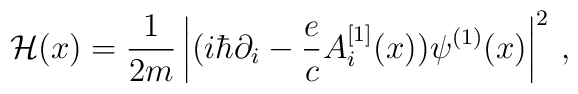
{\cal H}(x)=  {1 \over 2m} \left| (i \hbar \partial_i -{e\over c} A_i^{[1]}(x) )\psi^{(1)}(x) \right|^2\,,